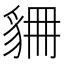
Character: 𧲾